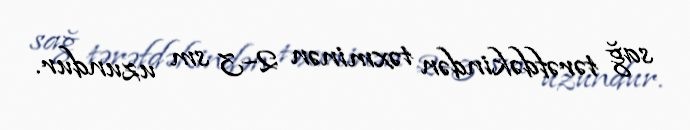
sağ tərəfdəkindən təxminən 2–3 sm uzundur.